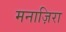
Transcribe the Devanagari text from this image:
मनाज़िरा